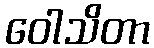
ဝေါသိတာ